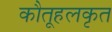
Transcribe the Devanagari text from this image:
कौतूहलकृत